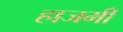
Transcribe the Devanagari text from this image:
हाजमी